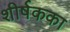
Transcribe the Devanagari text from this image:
शीर्षकका